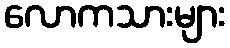
လောကသားများ